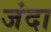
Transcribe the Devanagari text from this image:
जंदा